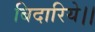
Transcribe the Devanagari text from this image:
बिदारिये।।